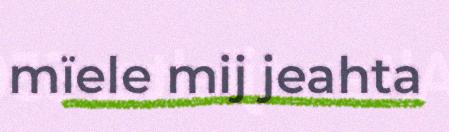
mïele mij jeahta